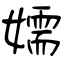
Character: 嬬